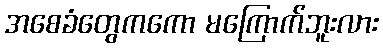
အစေခံတွေကကော မကြောက်ဘူးလား